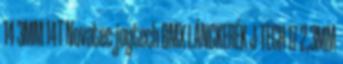
14 3MM 14T Novatec-joytech BMX LÁNCKERÉK J-TECH 17 2,3MM